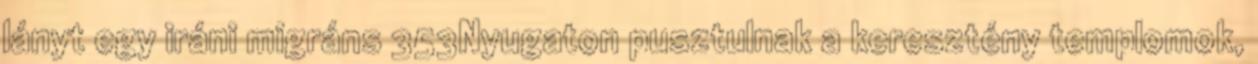
lányt egy iráni migráns 353Nyugaton pusztulnak a keresztény templomok,